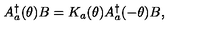
A _ { a } ^ { \dagger } ( \theta ) B = K _ { a } ( \theta ) A _ { a } ^ { \dagger } ( - \theta ) B ,